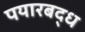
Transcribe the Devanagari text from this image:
पयारबद्ध